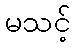
မသင့်